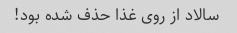
سالاد از روی غذا حذف شده بود!